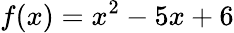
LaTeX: f(x)=x^{2}-5x+6